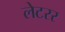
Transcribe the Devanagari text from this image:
लेटरर